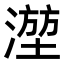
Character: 𬈮